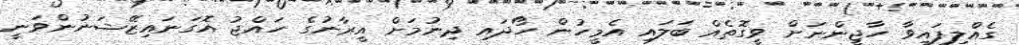
ގެއްލިފައިވާ ހާޖީންނަށް ވީގޮތެއް ބަލައި އެމީހުން ހޯދައި ދިނުމަށް އީރާނުގެ ހައްޖު އޮގަނައިޒޭޝަނުންވަނީ